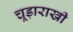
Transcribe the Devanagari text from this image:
चूड़ाराखी